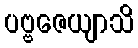
ပဗ္ဗဇေယျာသိ